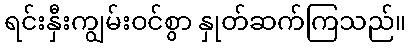
ရင်းနှီးကျွမ်းဝင်စွာ နှုတ်ဆက်ကြသည်။